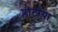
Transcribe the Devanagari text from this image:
प्लाटोया